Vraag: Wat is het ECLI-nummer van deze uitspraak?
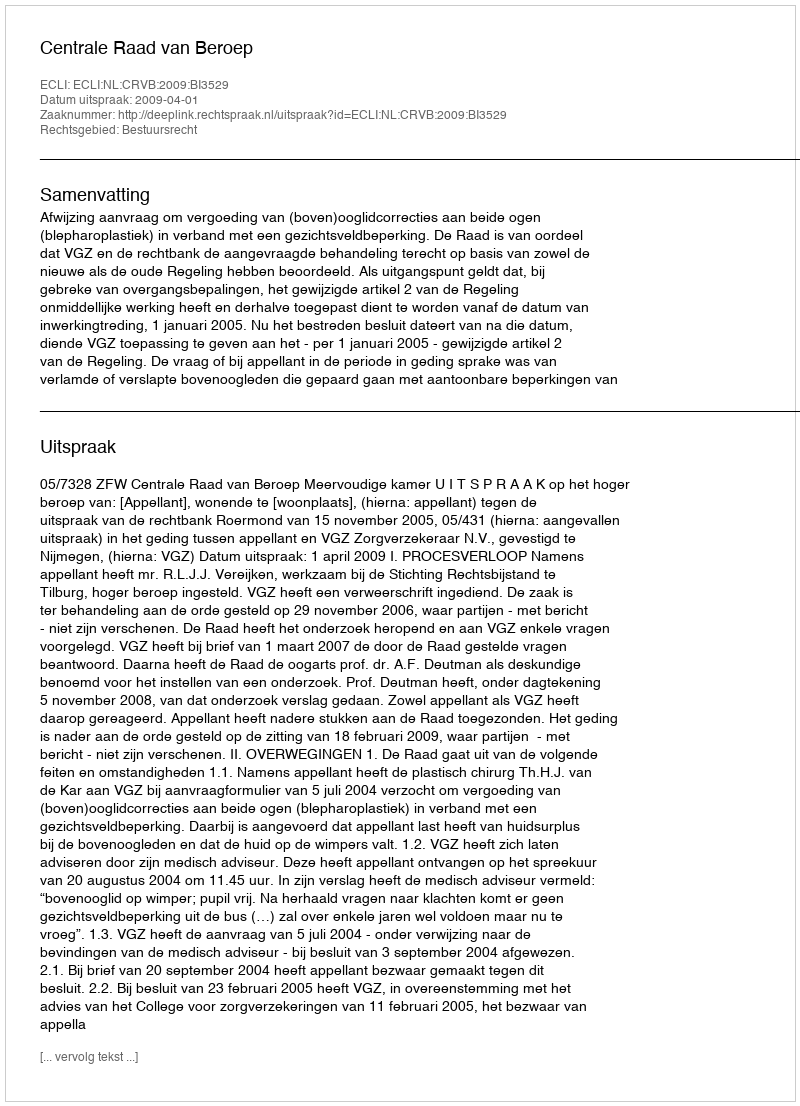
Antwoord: ECLI:NL:CRVB:2009:BI3529